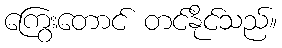
ကြွေးတောင် တင်နိုင်သည်။